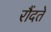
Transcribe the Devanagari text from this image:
रौंदते